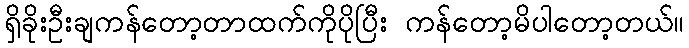
ရှိခိုးဦးချကန်တော့တာထက်ကိုပိုပြီး ကန်တော့မိပါတော့တယ်။